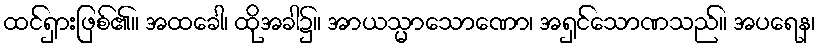
ထင်ရှားဖြစ်၏။ အထခေါ၊ ထိုအခါ၌။ အာယသ္မာသောဏော၊ အရှင်သောဏသည်။ အပရေန၊